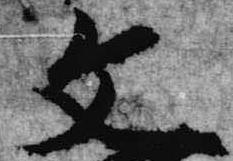
文